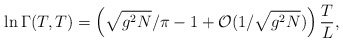
\begin{align*}\ln\Gamma(T,T)=\left(\sqrt{g^2N}/\pi-1+{\cal O}(1/\sqrt{g^2N})\right)\frac{T}{L},\end{align*}